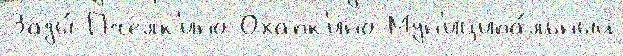
Зады́ Пчелк'ино Охапк'ино Мун'иципа́льный